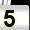
Digit: 5